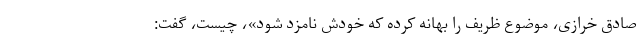
صادق خرازی، موضوع ظریف را بهانه کرده که خودش نامزد شود»، چیست، گفت: